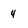
Character: 4